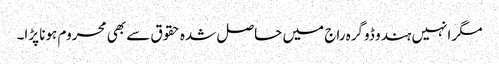
مگر انہیں ہندو ڈوگرہ راج میں حاصل شدہ حقوق سے بھی محروم ہونا پڑا۔